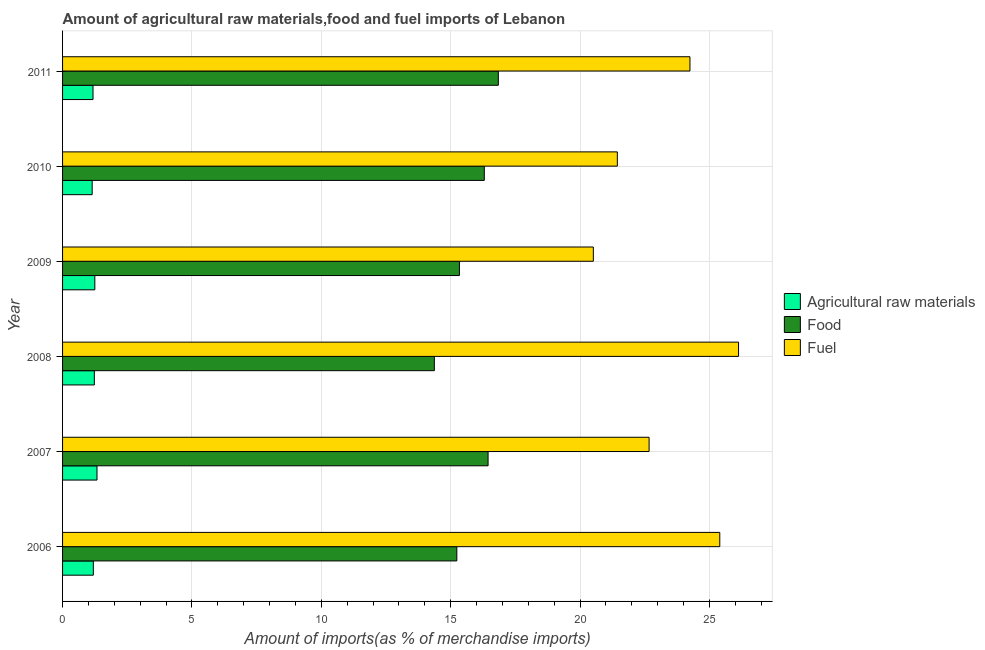
| Year | Agricultural raw materials | Food | Fuel |
 | --- | --- | --- | --- |
 | 2006 | 1.19 | 15.2 | 25.4 |
 | 2007 | 1.33 | 16.4 | 22.7 |
 | 2008 | 1.23 | 14.4 | 26.1 |
 | 2009 | 1.25 | 15.3 | 20.5 |
 | 2010 | 1.14 | 16.3 | 21.4 |
 | 2011 | 1.18 | 16.8 | 24.2 |